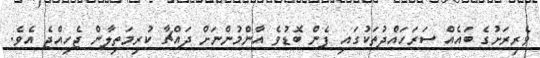
ވެރިރަށުގެ ބައެއް ސަރަހައްދުތަކުގައި ފެން ބޮޑުވެ އާންމުންނަށް ދައްޗާ ކުރިމަތިލާން ޖެހިއްޖެ އެވެ.